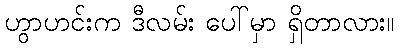
ဟွာဟင်းက ဒီလမ်း ပေါ်မှာ ရှိတာလား။